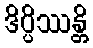
ဒိပ္ပိဿန္တိ